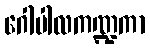
ဂေါပါလကဏ္ဍကာ